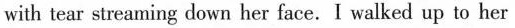
with tear streaming down her face. I walked up to her